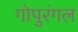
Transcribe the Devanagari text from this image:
गोपुरंगल